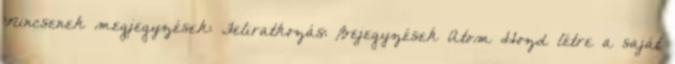
Nincsenek megjegyzések: Feliratkozás: Bejegyzések Atom Hozd létre a saját